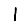
Digit: 1